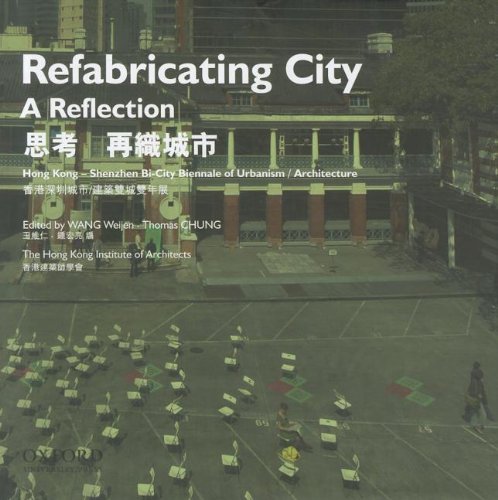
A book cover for Refabricating City: A Reflection: Hong Kong - Shenzhen Bi-City Biennale of Urbanism / Architecture; Thomas Chung; History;